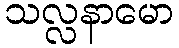
သလ္လနာမော